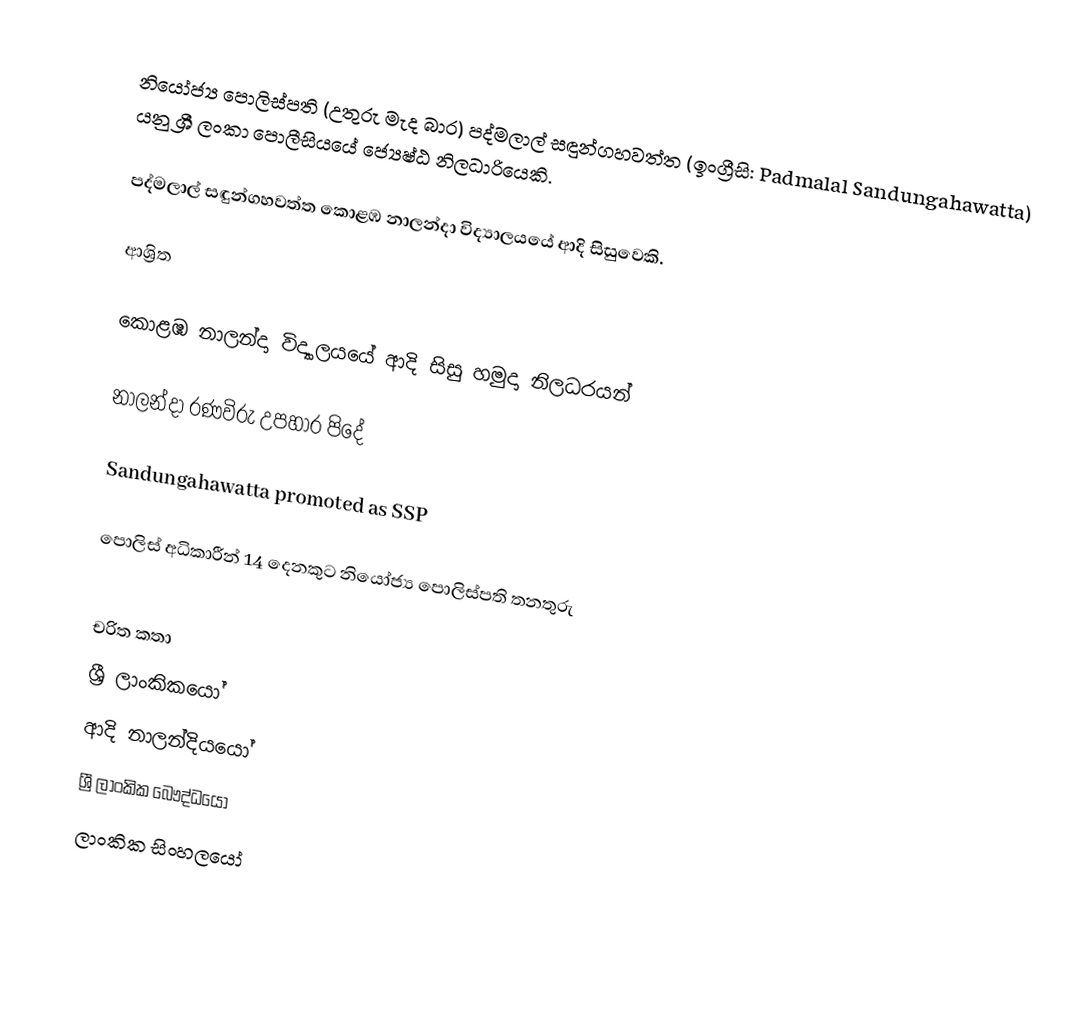
නියෝජ්‍ය ‍පොලිස්පති (උතුරු මැද බාර) පද්මලාල් සඳුන්ගහවත්ත (ඉංග්‍රීසි: Padmalal Sandungahawatta) යනු  ශ්‍රී ලංකා පොලීසියයේ ජ්‍යෙෂ්ඨ නිලධාරියෙකි.

පද්මලාල් සඳුන්ගහවත්ත කොළඹ නාලන්දා විද්‍යාලයයේ ආදි සිසුවෙකි.

ආශ්‍රිත

 කොළඹ නාලන්දා විද්‍යාලයයේ ආදි සිසු හමුදා නිලධරයන්

 නාලන්දා රණවිරු උපහාර පිදේ

  Sandungahawatta promoted as SSP

 පොලිස් අධිකාරීන් 14 දෙනකුට නියෝජ්‍ය පොලිස්පති තනතුරු

චරිත කතා
ශ්‍රී ලාංකිකයෝ
ආදි නාලන්දියයෝ
ශ්‍රී ලාංකික බෞද්ධයෝ
ලාංකික සිංහලයෝ